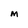
Character: M